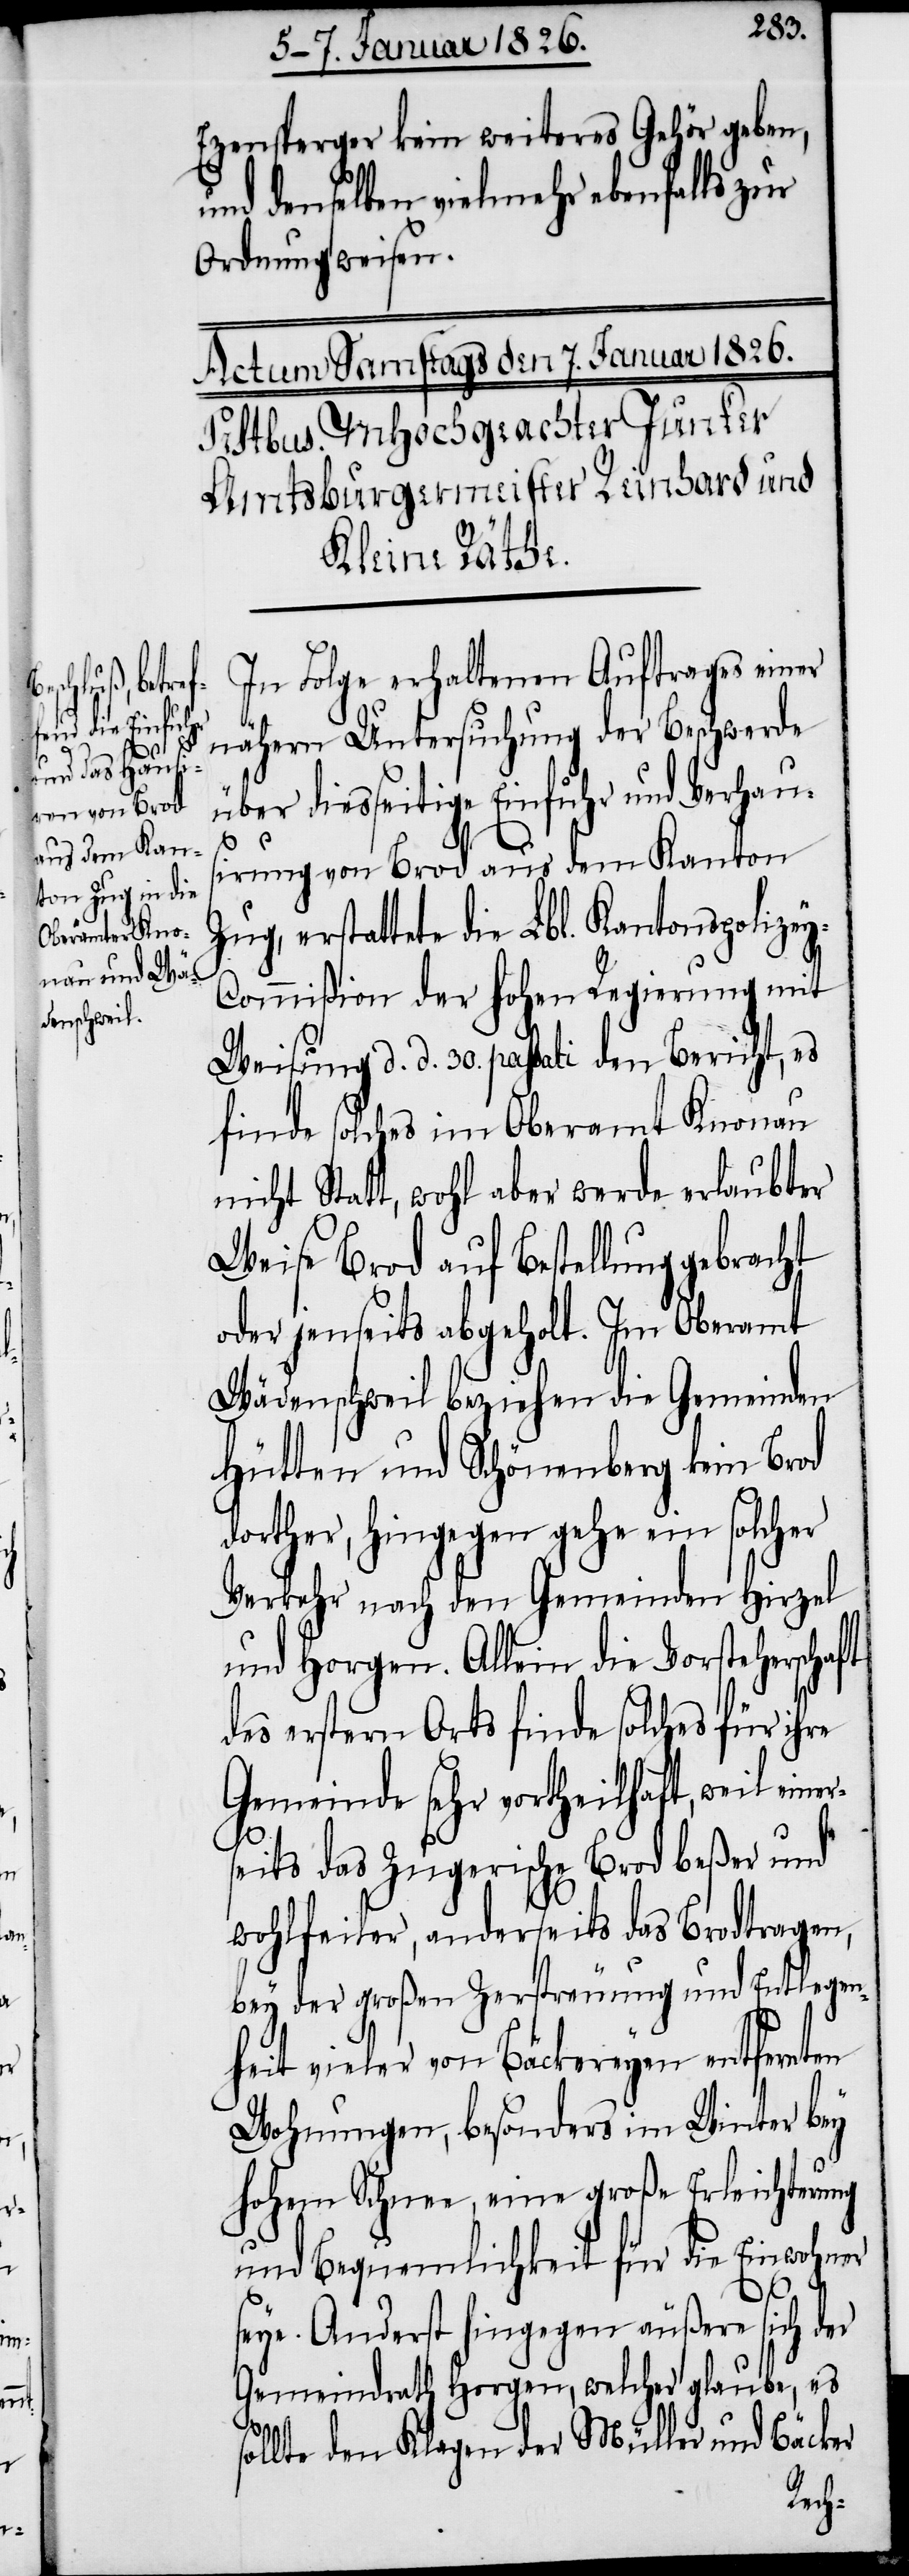
rs¬

Ezensperger kein weiteres Gehör geben,
und denselben vielmehr ebenfalls zur
Ordnung weise¬
In Folge erhaltenen Auftrages einer
nähern Untersuchung der Beschwerde
über diesseitige Einfuhr und Verhau¬
sirung von Brod aus dem Kanton
Zug, erstattete die Lbl. Kantonspolize¬
y-Commißion der hohen Regierung mit
Weisung d. d. 30. passati den Bericht, es
finde solches im Oberamt Knonau
nicht Statt, wohl aber werde erlaubter
Weise Brod auf Bestellung gebracht
oder jenseits abgeholt. Im Oberamt
Wädenschweil beziehen die Gemeinden
Hütten und Schönenberg kein Brod
dorther, hingegen gehe ein solcher
Verkehr nach den Gemeinden Hirzel
und Horgen. Allein die Vorsteherschaft
des erstern Orts finde solches für ihre
Gemeinde sehr vortheilhaft, weil eine¬
eits das Zugerische Brod beßer und
wohlfeiler, anderseits das Brodtragen,
bey der großen Zerstreuung und Entlegen¬
heit vieler von Bäckereyen entfernten
Wohnungen, besonders im Winter bey
hohem Schnee, eine große Erleichterung
und Bequemlichkeit für die Einwohner
n.[“]
seye. Anderst hingegen äußere sich der
Gemeindrath Horgen, welcher glaube, es
sollte den Klagen der Müller und Bäcker